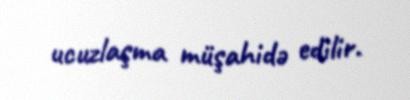
ucuzlaşma müşahidə edilir.